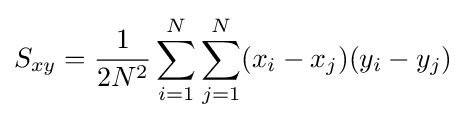
S_{xy}={\frac {1}{2N^{2}}}\sum _{i=1}^{N}\sum _{j=1}^{N}(x_{i}-x_{j})(y_{i}-y_{j})